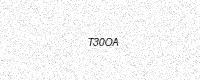
Text: T30OA